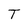
Character: T